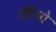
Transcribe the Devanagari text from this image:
जींसो